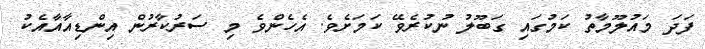
ފަދަ މައުލޫމާތު ކަމުގައި ގަބޫލު ނުކުރެވޭ ކަމަށެވެ. އެހެންވެ މި ސަރުކާރުން އިންޑިއާއާއެކު